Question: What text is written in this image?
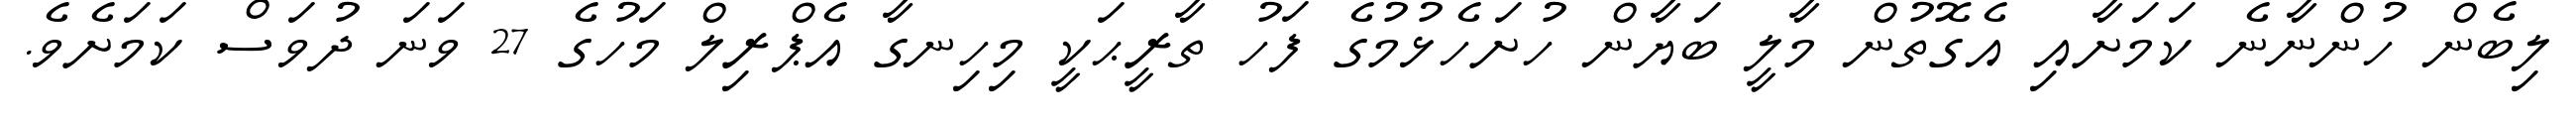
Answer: ލިބެން ހުންނާނެ ކަމަށާއި އެގޮތުން މާލީ ބަޔާން ހުށަހެޅުމުގެ ފަހު ތާރީޙަކީ މިހިނގާ އެޕްރިލް މަހުގެ 27 ވަނަ ދުވަސް ކަމަށެވެ.